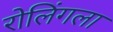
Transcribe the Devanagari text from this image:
रोलिंगला